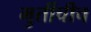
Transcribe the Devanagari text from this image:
मुर्तीचीच